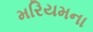
મરિયમના